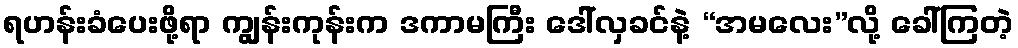
ရဟန်းခံပေးဖို့ရာ ကျွန်းကုန်းက ဒကာမကြီး ဒေါ်လှခင်နဲ့ “အမလေး”လို့ ခေါ်ကြတဲ့